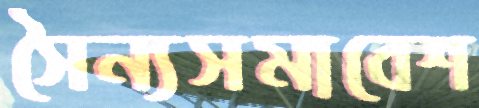
সৈন্যসমাবেশ